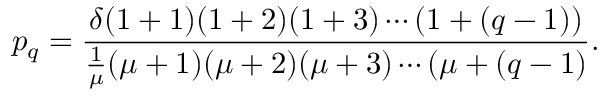
p _ { q } = \frac { \delta ( 1 + 1 ) ( 1 + 2 ) ( 1 + 3 ) \cdots ( 1 + ( q - 1 ) ) } { \frac { 1 } { \mu } ( \mu + 1 ) ( \mu + 2 ) ( \mu + 3 ) \cdots ( \mu + ( q - 1 ) } .